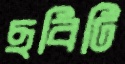
ছবিটি